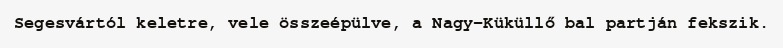
Segesvártól keletre, vele összeépülve, a Nagy-Küküllő bal partján fekszik.